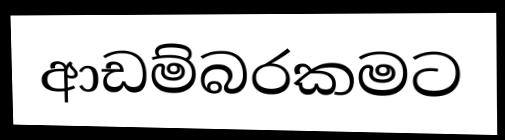
ආඩම්බරකමට